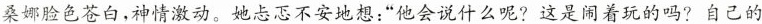
桑娜脸色苍白，神情激动。她忐忑不安地想：”他会说什么呢?这是闹着玩的吗?自己的